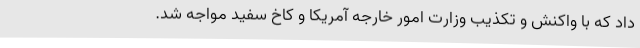
داد که با واکنش و تکذیب وزارت امور خارجه آمریکا و کاخ سفید مواجه شد.